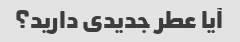
آیا عطر جدیدی دارید؟